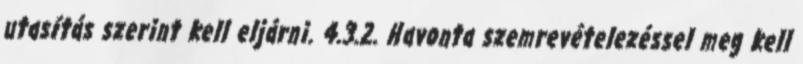
utasítás szerint kell eljárni. 4.3.2. Havonta szemrevételezéssel meg kell